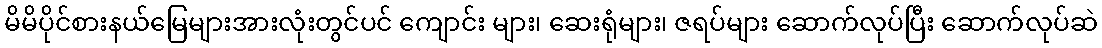
မိမိပိုင်စားနယ်မြေများအားလုံးတွင်ပင် ကျောင်း များ၊ ဆေးရုံများ၊ ဇရပ်များ ဆောက်လုပ်ပြီး ဆောက်လုပ်ဆဲ